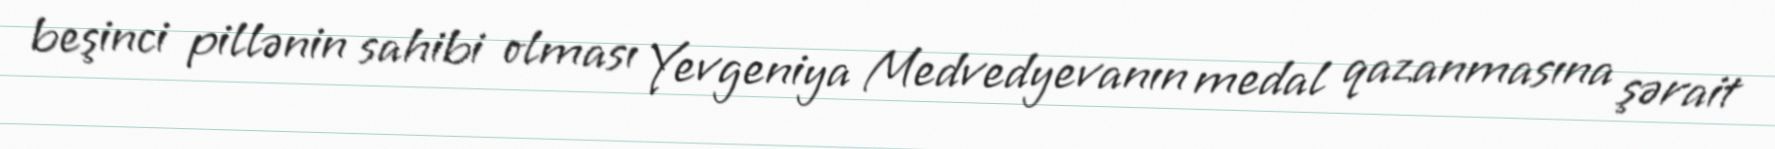
beşinci pillənin sahibi olması Yevgeniya Medvedyevanın medal qazanmasına şərait